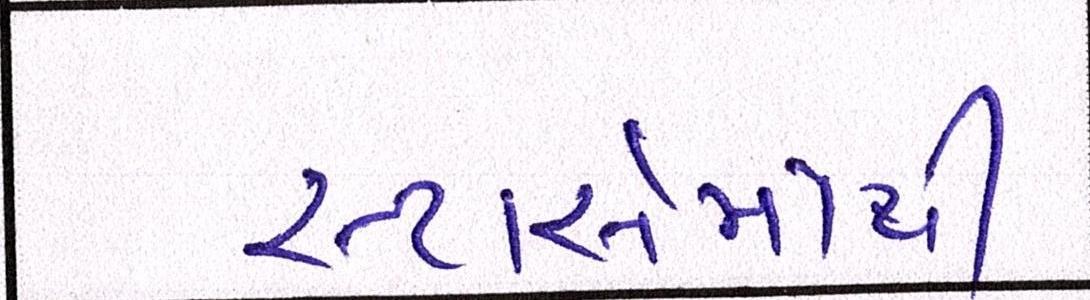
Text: સ્ટાર્સમાંથી